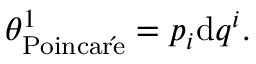
\begin{array} { r } { \theta _ { \mathrm { P o i n c a r \acute { e } } } ^ { 1 } = p _ { i } \mathrm { d } q ^ { i } . } \end{array}